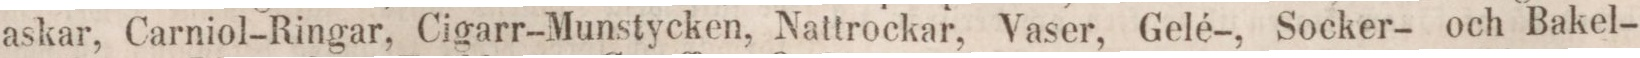
askar, Carniol-Ringar, Cigarr-Munstycken, Nattrockar, Vaser, Gelé-, Socker- och Bakel-